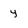
Character: y